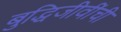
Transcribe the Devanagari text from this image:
बुद्धिजीवींची